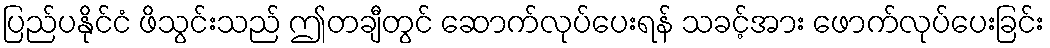
ပြည်ပနိုင်ငံ ဖိသွင်းသည် ဤတချီတွင် ဆောက်လုပ်ပေးရန် သခင့်အား ဖောက်လုပ်ပေးခြင်း